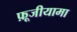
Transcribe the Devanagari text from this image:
फ़ूजीयामा